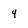
Character: 4